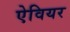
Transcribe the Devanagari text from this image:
ऐवियर